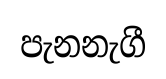
පැනනැගී